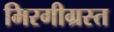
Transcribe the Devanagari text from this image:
मिरगीग्रस्त